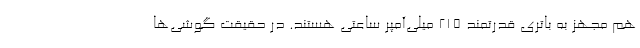
هم مجهز به باتری قدرتمند 215 میلی‌آمپر ساعتی هستند. در حقیقت گوشی‌ها